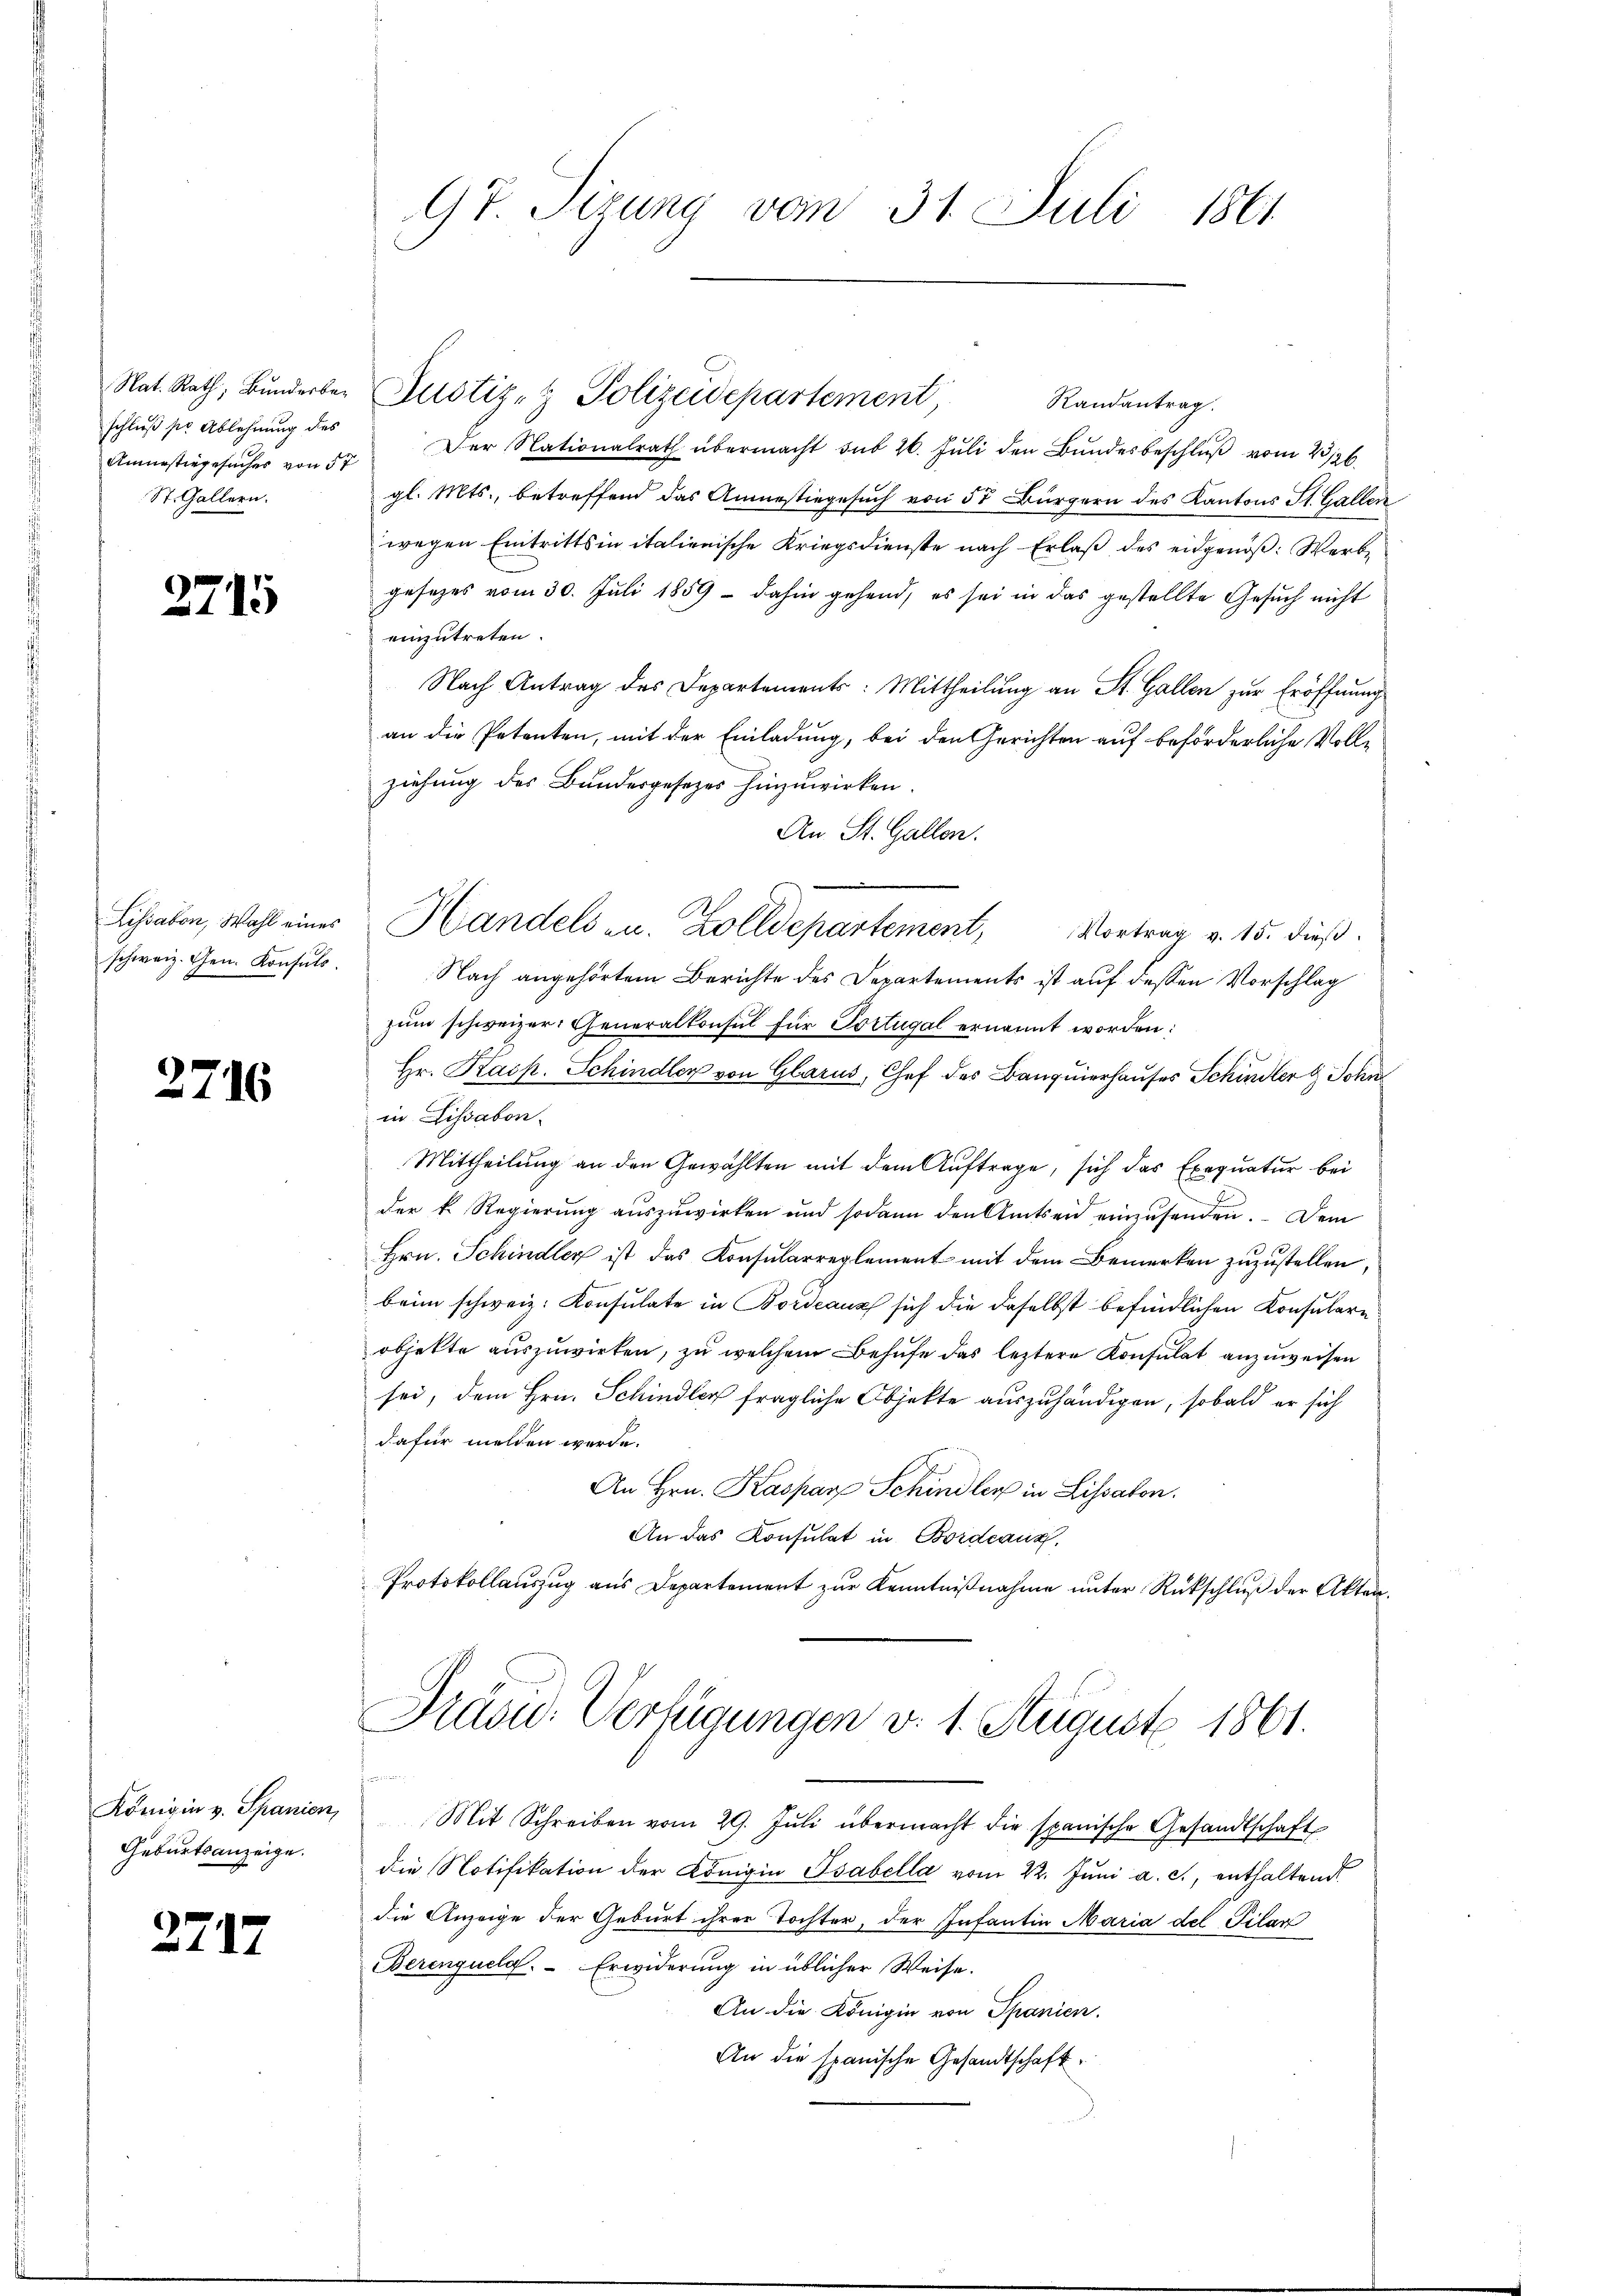
schluß pr Ablehnung des
St. Gallern.

2715

schweiz. Gen. Konsuls.

2716

Geburtsanzeige.

2717

Nat. Rath, Bŭnderer Zustiz- & Polizeidepartement,
Randantrag.
Amnestiegesŭches von 50. Der Nationalrath übermacht sub 20. Jŭli den Bŭndesbeschlŭβ vom 23/26.
gl. Mts., betreffend das Anmestiegesuch von 50 Bürgern des Kantons St. Gallen
wegen Eintrittsin italienische Kriegsdienste nach Erlaß des eidgenöß: Werbgesetzes vom 30. Juli 1859 - dahin gehend, es sei in das gestellte Gesuch nicht
einzutreten.
Nach Antrag des Departements: Mittheilung an St. Gallen zur Eröffnung
an die Petenten, mit der Einladung, bei den Gerichten auf beförderliche Vollziehung des Bundesgesetzes hinzuwirken
An St. Gallen.
Vortrag v. 15. dieß.
Nach angehörtem Berichte des Departements ist auf dessen Vorschlag
zum schweizer: Generalkonsul für Portugal ernannt worden:
Hr. Kasp. Schindler von Glarus, Chef des Banquierhauses Schindler & Schi
in Lissabon.
Mittheilung an den Gewählten mit dem Auftrage, sich das Exequatur bei
der k. Regierung auszuwirken und sodann den Amtseid einzusenden. Dem
Hrn. Schindler ist das Konsularreglement mit dem Bemerken zuzustellen,
beim schweiz. Konsulate in Bordeaux sich die daselbst befindlichen Konsulare
objekte auszuwirken, zu welchem Behufe das leztere Konsulat anzuweisen
sei, dem Hrn. Schindler fragliche Objekte auszuhändigen, sobald er sich
dafür melden werde.
An Hrn. Kaspar Schindler in Lissabon.
An das Konsulat in Bordeaus.
Protokollauszug aus Departement zur Kenntnißnahme unter Rückschluß der Akten.
Präse: Verfügungen v. 1. August 1861.
Königin v. Spanien, Mit Schreiben vom 29. Jŭli übermacht die spanische Gesandtschaft
die Notifikation der Königin Isabella vom 22. Juni a. c., enthaltend
die Anzeige der Geburt ihrer Tochter, der Infantin Maria del Pilar
Berengueld. Erwiderung in üblicher Weise.
An die Königin von Spanien.
An die spanische Gesandtschaft

97. Sizung vom 31. Juli 1861

Lihraben, Wahl einer Handels zu. Zolldepartement,